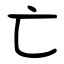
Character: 亡